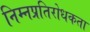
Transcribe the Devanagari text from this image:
निम्नप्रतिरोधकता